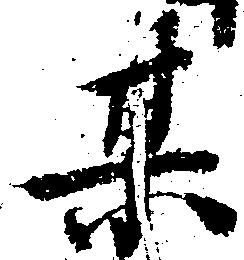
某